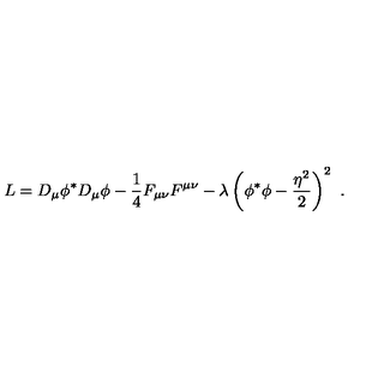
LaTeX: L = D _ { \mu } \phi ^ { * } D _ { \mu } \phi - { \frac { 1 } { 4 } } F _ { \mu \nu } F ^ { \mu \nu } - { \lambda } \left( \phi ^ { * } \phi - { \frac { \eta ^ { 2 } } { 2 } } \right) ^ { 2 } \ .